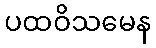
ပထဝိသမေန